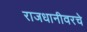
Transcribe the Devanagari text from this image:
राजधानीवरचे